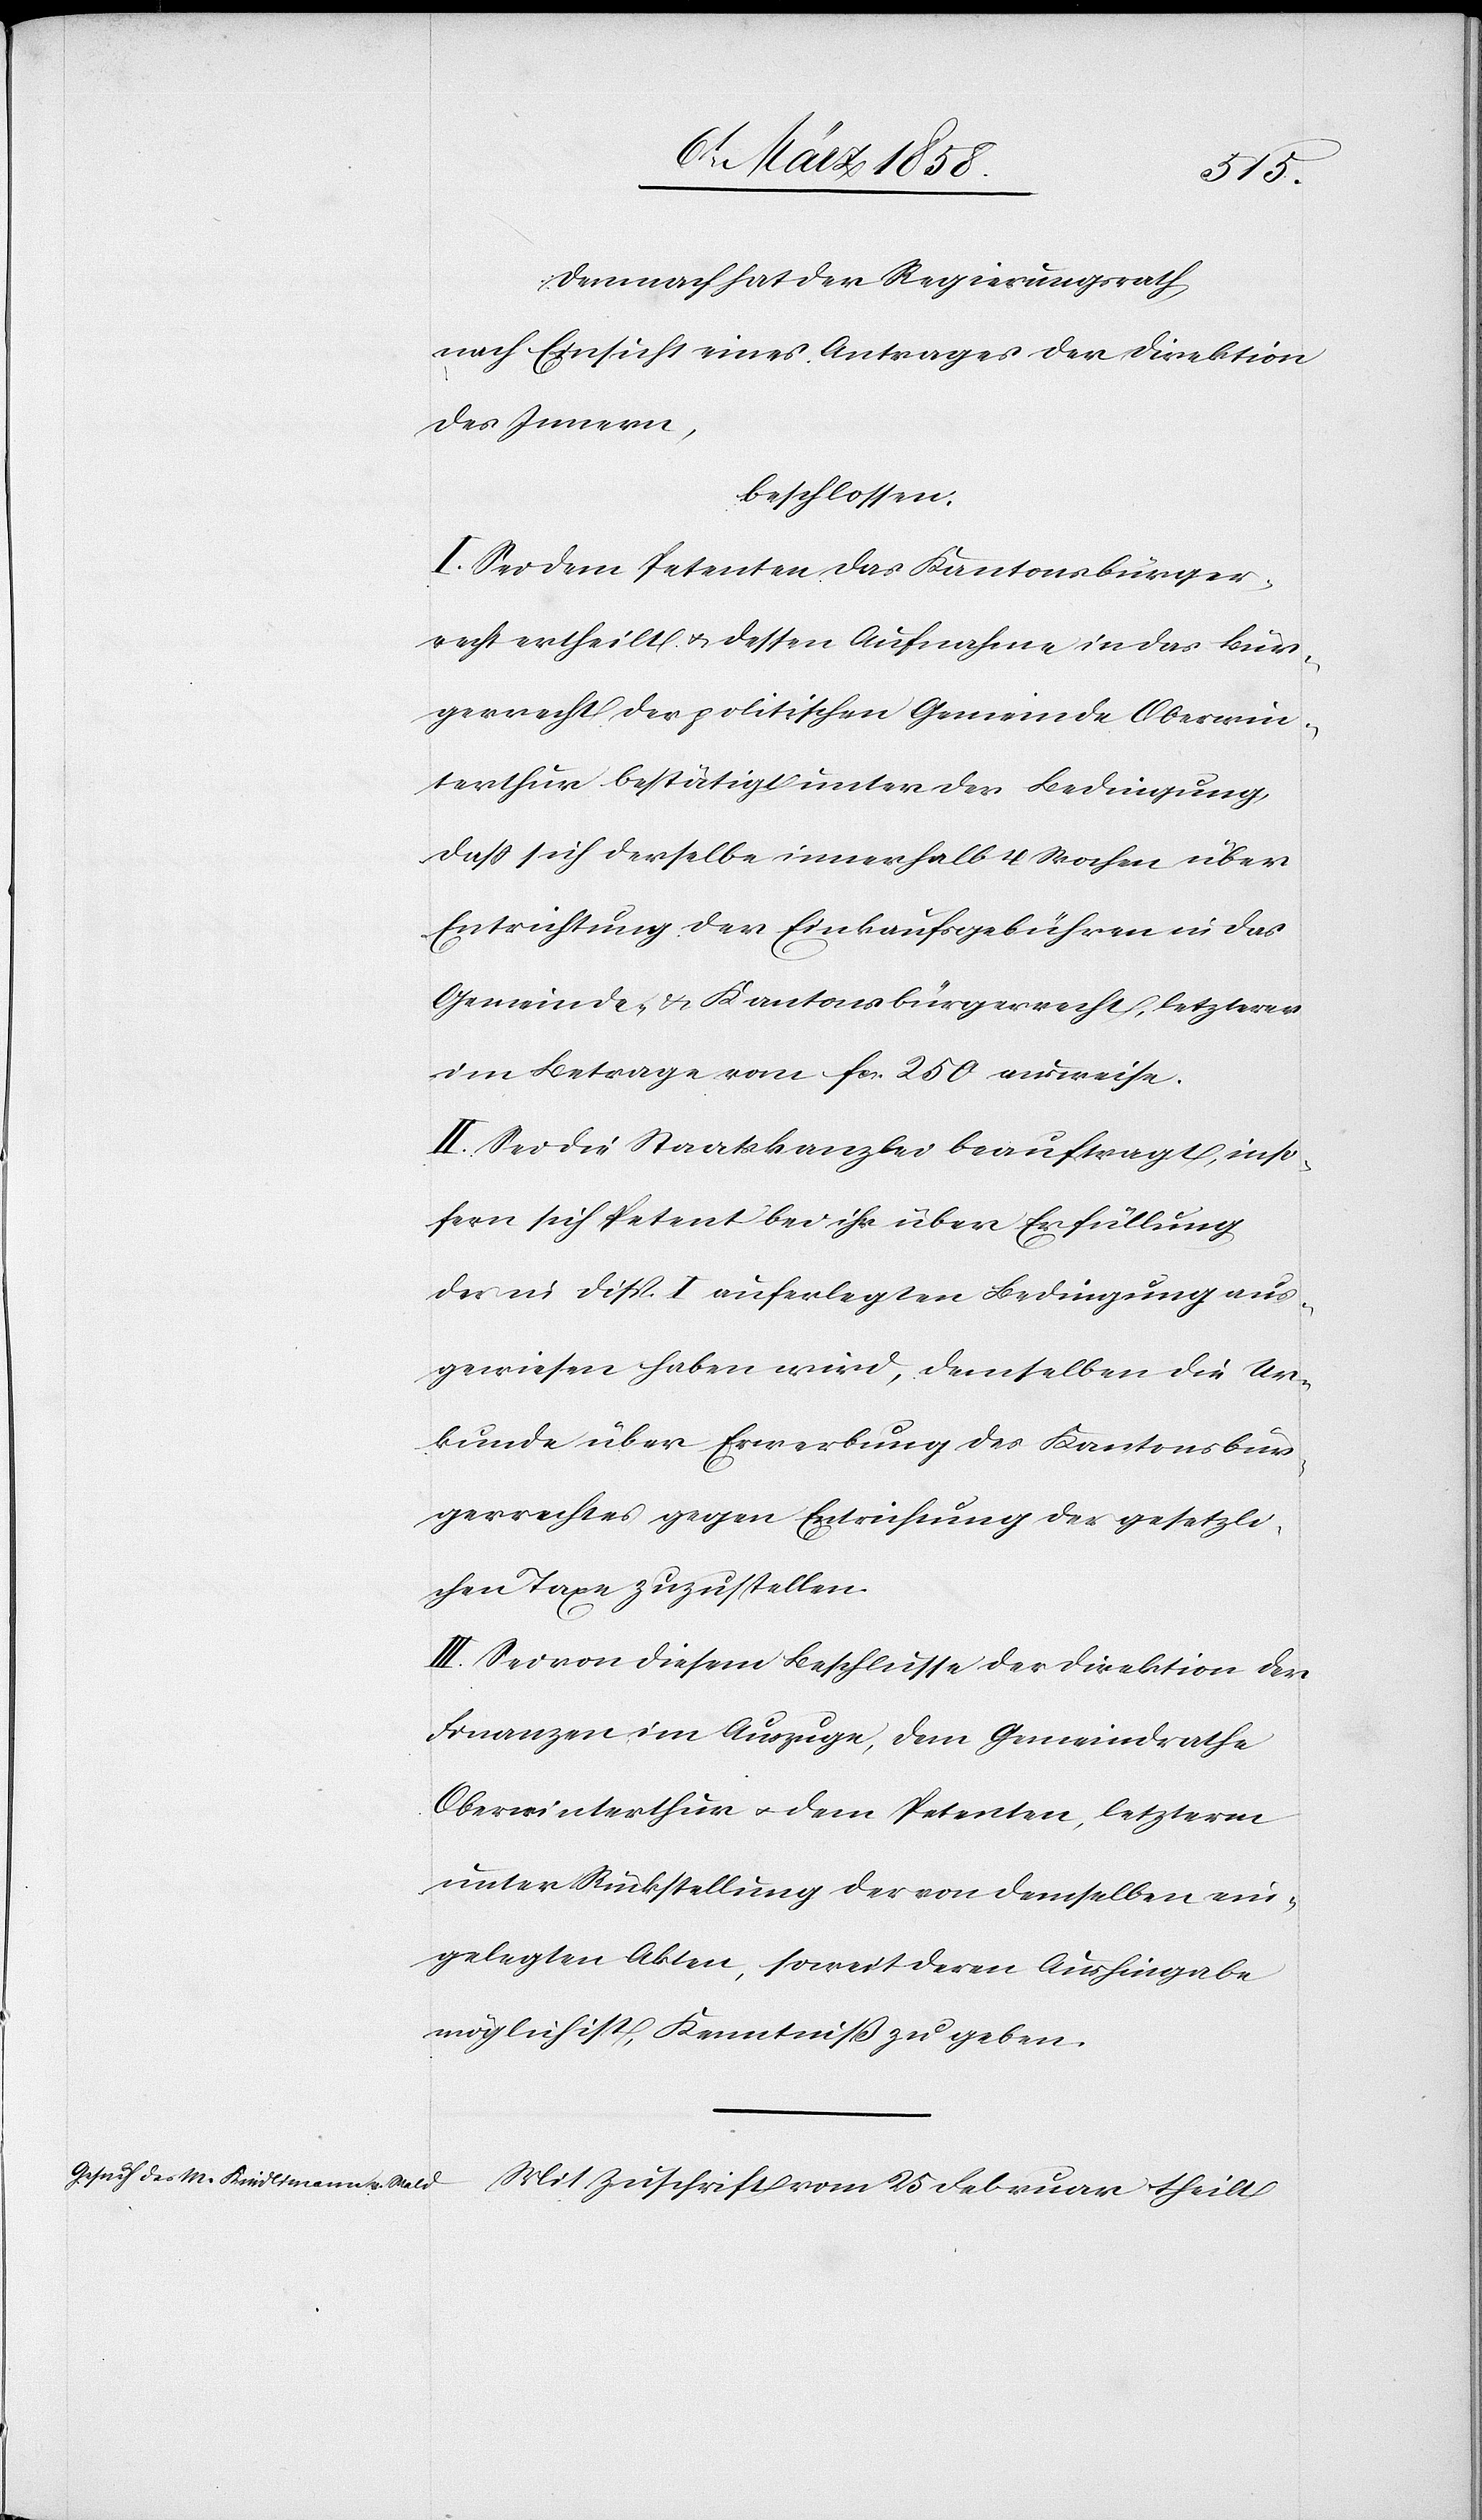
Demnach hat der Regierungsrath,
nach Einsicht eines Antrages der Direktion
des Innern,
beschlossen:
I. Sei dem Petenten das Kantonsbürger¬
recht ertheilt u. dessen Aufnahme in das Bür¬
gerrecht der politischen Gemeinde Oberwin¬
terthur bestätigt unter der Bedingung,
daß sich derselbe innerhalb 4 Wochen über
Entrichtung der Einkaufsgebühren in das
Gemeinde- u. Kantonsbürgerrecht, letzterer
im Betrage von fcs. 250 ausweise.
II. Sei die Staatskanzlei beauftragt, inso¬
fern sich Petent bei ihr über Erfüllung
der in Disp. I auferlegten Bedingung aus¬
gewiesen haben wird, demselben die Ur¬
kunde über Erwerbung des Kantonsbür¬
gerrechtes gegen Entrichtung der gesetzli¬
chen Taxe zuzustellen.
III. Sei von diesem Beschlusse der Direktion der
Finanzen im Auszuge, dem Gemeindrathe
Oberwinterthur u. dem Petenten, letzterm
unter Rückstellung der von demselben ein¬
gelegten Akten, soweit deren Aushingabe
möglich ist, Kenntniß zu geben.
Mit Zuschrift vom 25. Februar theilt